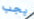
يجب